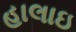
હાલાઇ